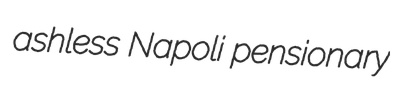
ashless Napoli pensionary